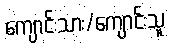
ကျောင်းသား/ကျောင်းသူ